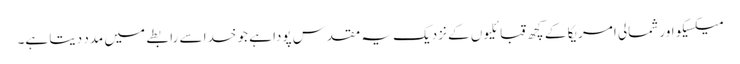
میکسیکو اور شمالی امریکا کے کچھ قبائلیوں کے نزدیک یہ مقدس پودا ہے جو خدا سے رابطے میں مدد دیتا ہے۔